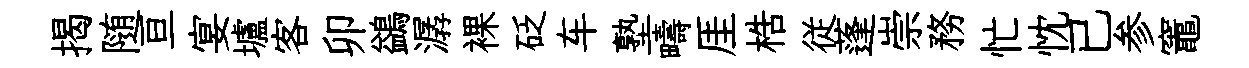
揭随亘宴壚客卯鷁潺裸砭车塾疇厓梏従蓬崇務忙忱已参竈